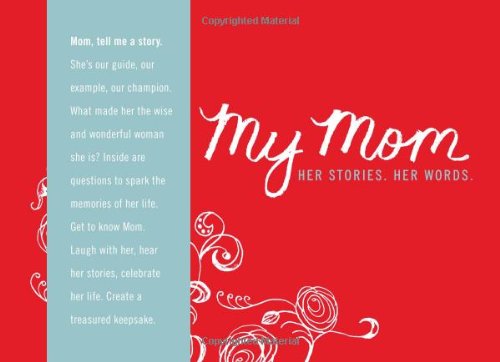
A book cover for My Mom - Her Story. Her Words.; Dan Zadra; Parenting & Relationships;